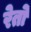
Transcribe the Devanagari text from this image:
रेतो